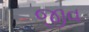
જીવ